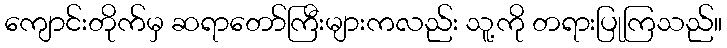
ကျောင်းတိုက်မှ ဆရာတော်ကြီးများကလည်း သူ့ကို တရားပြုကြသည်။